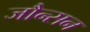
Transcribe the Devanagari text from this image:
जौन्सन